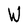
Character: W